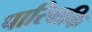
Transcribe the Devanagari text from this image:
पारिवाकि